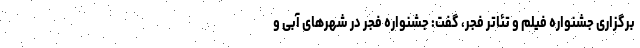
برگزاری جشنواره فیلم و تئاتر فجر، گفت: جشنواره فجر در شهرهای آبی و